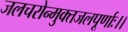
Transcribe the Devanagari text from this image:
जलचरोन्मुक्तजलपूर्णाः।।